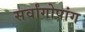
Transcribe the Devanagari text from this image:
सर्वांगोपांग